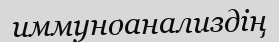
иммуноанализдің